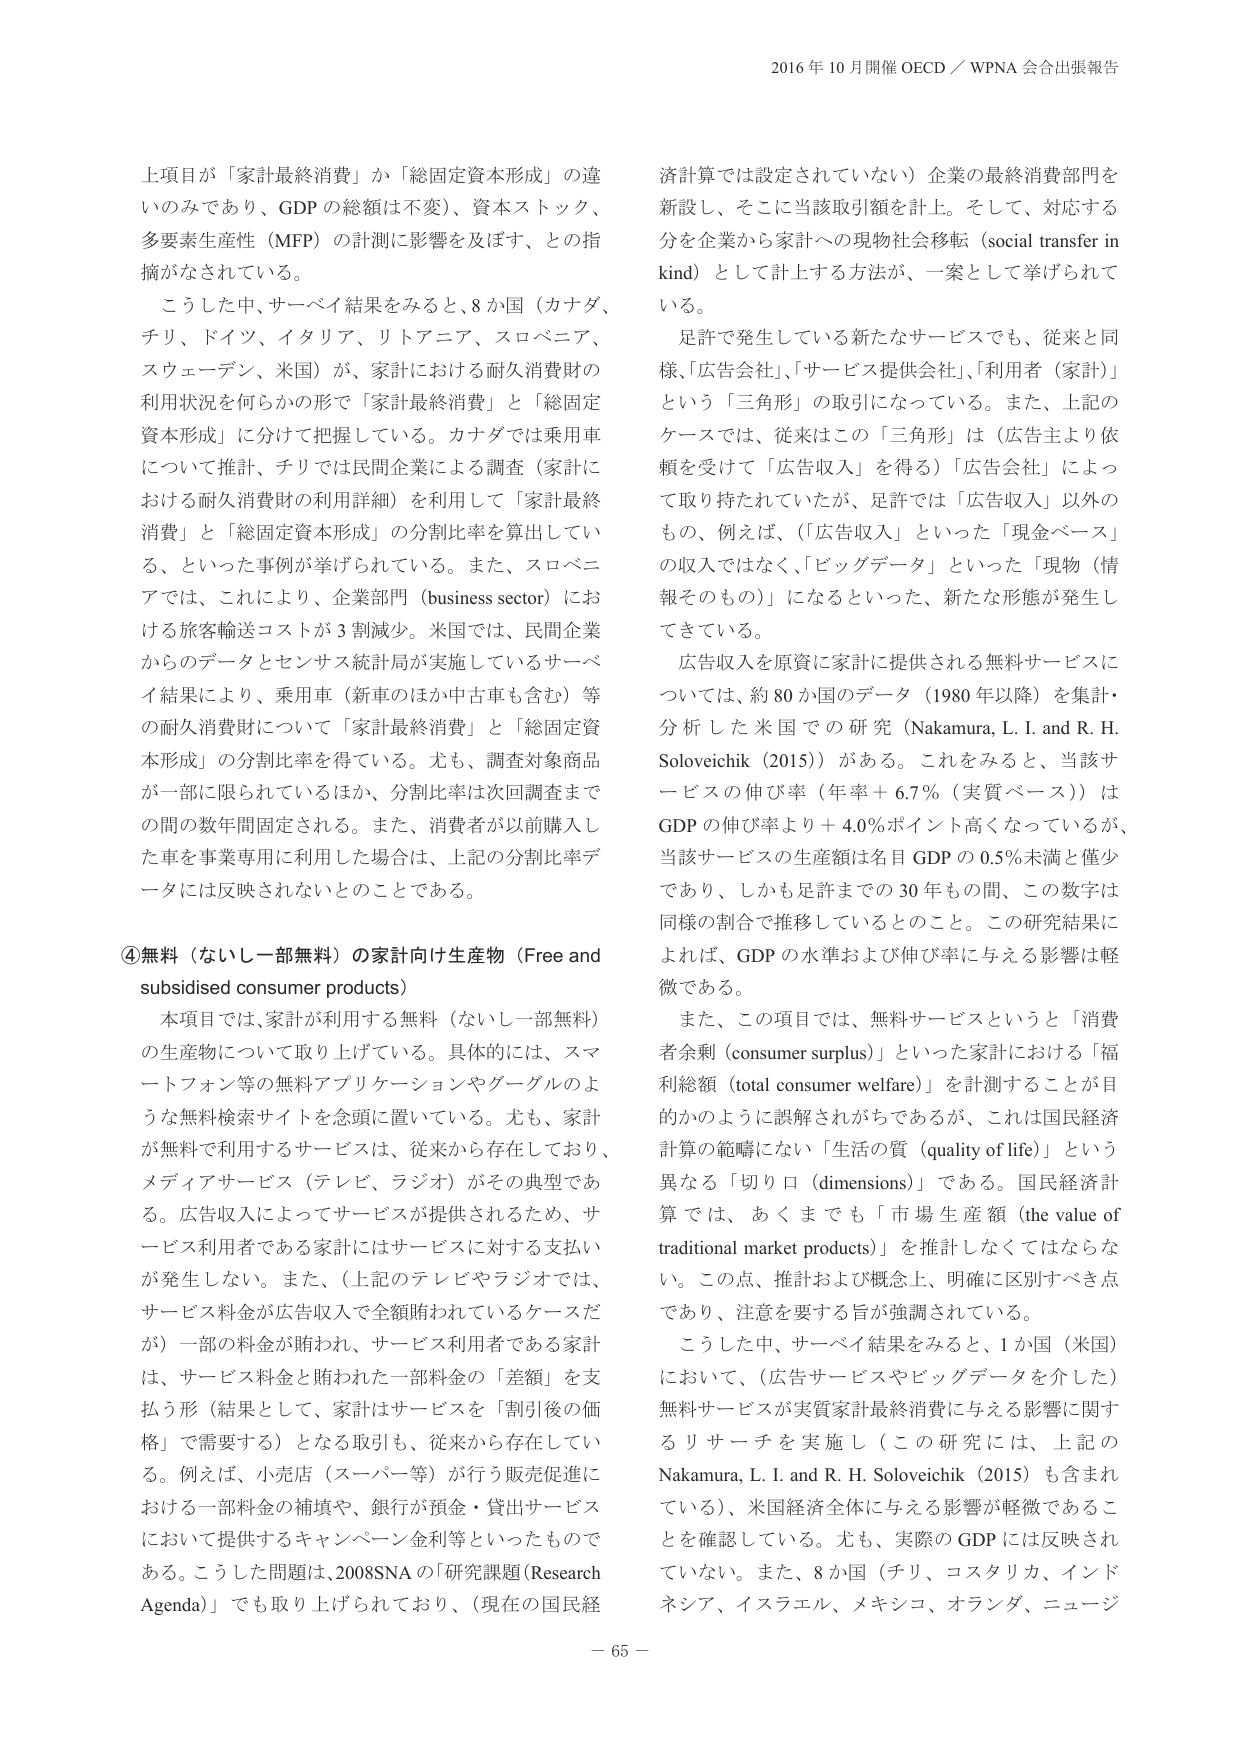
2016 年 10 月開催 OECD／WPNA 会合出張報告

上項目が「家計最終消費」か「総固定資本形成」の違いのみであり、GDP の総額は不変）、資本ストック、多要素生産性（MFP）の計測に影響を及ぼす、との指摘がなされている。

こうした中、サーベイ結果をみると、8か国（カナダ、チリ、ドイツ、イタリア、リトアニア、スロベニア、スウェーデン、米国）が、家計における耐久消費財の利用状況を何らかの形で「家計最終消費」と「総固定資本形成」に分けて把握している。カナダでは乗用車について推計、チリでは民間企業による調査（家計における耐久消費財の利用詳細）を利用して「家計最終消費」と「総固定資本形成」の分割比率を算出している、といった事例が挙げられている。また、スロベニアでは、これにより、企業部門（business sector）における旅客輸送コストが3割減少。米国では、民間企業からのデータとセンサス統計局が実施しているサーベイ結果により、乗用車（新車のほか中古車も含む）等の耐久消費財について「家計最終消費」と「総固定資本形成」の分割比率を得ている。尤も、調査対象商品が一部に限られているほか、分割比率は次回調査までの間の数年間固定される。また、消費者が以前購入した車を事業専用に利用した場合は、上記の分割比率データには反映されないとのことである。

④無料（ないし一部無料）の家計向け生産物（Free and subsidised consumer products）

本項目では、家計が利用する無料（ないし一部無料）の生産物について取り上げている。具体的には、スマートフォン等の無料アプリケーションやグーグルのような無料検索サイトを念頭に置いている。尤も、家計が無料で利用するサービスは、従来から存在しており、メディアサービス（テレビ、ラジオ）がその典型である。広告収入によってサービスが提供されるため、サービス利用者である家計にはサービスに対する支払いが発生しない。また、（上記のテレビやラジオでは、サービス料金が広告収入で全額賄われているケースだが）一部の料金が賄われ、サービス利用者である家計は、サービス料金と賄われた一部料金の「差額」を支払う形（結果として、家計はサービスを「割引後の価格」で需要する）となる取引も、従来から存在している。例えば、小売店（スーパー等）が行う販売促進における一部料金の補填や、銀行が預金・貸出サービスにおいて提供するキャンペーン金利等といったものである。こうした問題は、2008SNAの「研究課題（Research Agenda）」でも取り上げられており、（現在の国民経

済計算では設定されていない）企業の最終消費部門を新設し、そこに当該取引額を計上。そして、対応する分を企業から家計への現物社会移転（social transfer in kind）として計上する方法が、一案として挙げられている。

足許で発生している新たなサービスでも、従来と同様、「広告会社」、「サービス提供会社」、「利用者（家計）」という「三角形」の取引になっている。また、上記のケースでは、従来はこの「三角形」は（広告主より依頼を受けて「広告収入」を得る）「広告会社」によって取り持たれていたが、足許では「広告収入」以外のもの、例えば、「広告収入」といった「現金ベース」の収入ではなく、「ビッグデータ」といった「現物（情報そのもの）」になるといった、新たな形態が発生してきている。

広告収入を原資に家計に提供される無料サービスについては、約80か国のデータ（1980年以降）を集計・分析した米国での研究（Nakamura, L. I. and R. H. Soloveichik (2015)）がある。これをみると、当該サービスの伸び率（年率＋6.7％（実質ベース））はGDPの伸び率より＋4.0％ポイント高くなっているが、当該サービスの生産額は名目GDPの0.5％未満と僅少であり、しかも足許までの30年もの間、この数字は同様の割合で推移しているとのこと。この研究結果によれば、GDPの水準および伸び率に与える影響は軽微である。

また、この項目では、無料サービスというと「消費者余剰（consumer surplus）」といった家計における「福利総額（total consumer welfare）」を計測することが目的のように誤解されがちであるが、これは国民経済計算の範疇にない「生活の質（quality of life）」という異なる「切り口（dimensions）」である。国民経済計算では、あくまでも「市場生産額（the value of traditional market products）」を推計しなくてはならない。この点、推計および概念上、明確に区別すべき点であり、注意を要する旨が強調されている。

こうした中、サーベイ結果をみると、1か国（米国）において、（広告サービスやビッグデータを介した）無料サービスが実質家計最終消費に与える影響に関するリサーチを実施し（この研究には、上記のNakamura, L. I. and R. H. Soloveichik (2015) も含まれている）、米国経済全体に与える影響が軽微であることを確認している。尤も、実際のGDPには反映されていない。また、8か国（チリ、コスタリカ、インドネシア、イスラエル、メキシコ、オランダ、ニュージ

－ 65 －